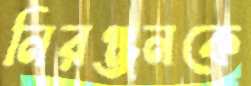
নিরঞ্জনকে